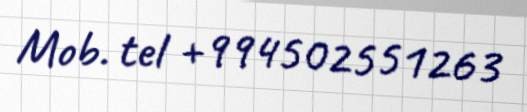
Mob. tel +994502551263